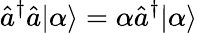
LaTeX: \hat{a}^{\dagger}\hat{a}|\alpha\rangle=\alpha\hat{a}^{\dagger}|\alpha\rangle